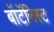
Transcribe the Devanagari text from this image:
बॉटॅनिस्ट